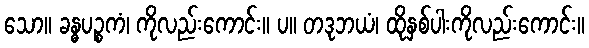
သော။ ခန္ဓပဉ္စကံ၊ ကိုလည်းကောင်း။ ပ။ တဒုဘယံ၊ ထိုနှစ်ပါးကိုလည်းကောင်း။